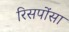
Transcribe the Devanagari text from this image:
रिसपोंसा